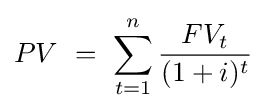
PV\ =\ \sum _{t=1}^{n}{\frac {FV_{t}}{(1+i)^{t}}}